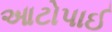
આટોપાઈ